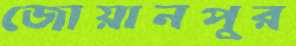
জোয়ানপুর